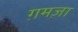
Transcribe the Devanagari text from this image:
ग़मज़ा